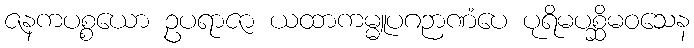
ဇနကပစ္စယော ဥပရာဇာ ယထာကမ္မူပဂဉာဏံပေ ပုရိမပစ္ဆိမဝသေန